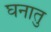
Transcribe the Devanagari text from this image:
घनातु